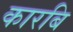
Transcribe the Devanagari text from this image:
कारबि